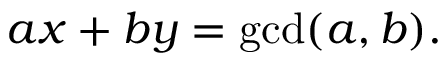
a x + b y = \operatorname* { g c d } ( a , b ) .